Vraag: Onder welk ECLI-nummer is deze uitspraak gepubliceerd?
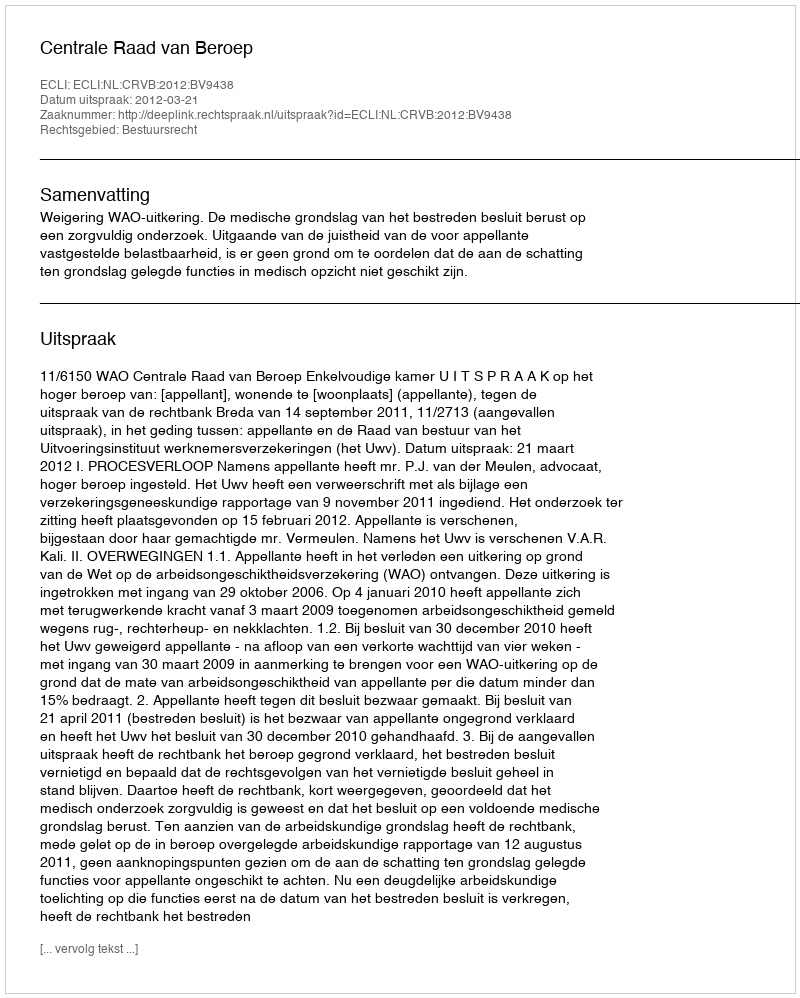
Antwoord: ECLI:NL:CRVB:2012:BV9438